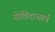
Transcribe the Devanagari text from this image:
गोविंदाचार्य